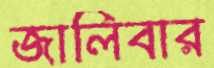
জালিবার